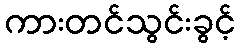
ကားတင်သွင်းခွင့်